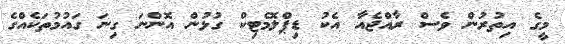
މީގެ އިތުރުން ވެސް ރާއްޖެއާ އެކު ޑިޕްލޮމެޓިކް ގުޅުން އޮންނަ ގިނަ ގައުމުތަކެއްގެ